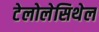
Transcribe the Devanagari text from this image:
टेलोलेसिथेल